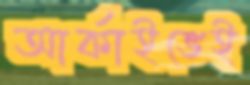
আর্কাইভেই